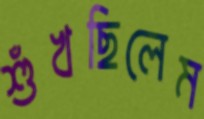
শুঁখছিলেম